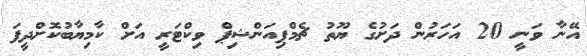
އޭނާ ވަނީ 20 އަހަރުން ދަށުގެ ޔޫތު ޗެމްޕިއަންޝިޕް ވިކްޓަރީ އަށް ކާމިޔާބުކޮށްދީފަ